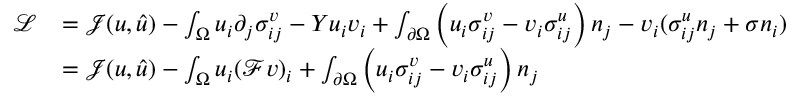
\begin{array} { r l } { \mathcal { L } } & { = \mathcal { J } ( u , \hat { u } ) - \int _ { \Omega } u _ { i } \partial _ { j } \sigma _ { i j } ^ { v } - Y u _ { i } v _ { i } + \int _ { \partial \Omega } \left( u _ { i } \sigma _ { i j } ^ { v } - v _ { i } \sigma _ { i j } ^ { u } \right) n _ { j } - v _ { i } ( \sigma _ { i j } ^ { u } n _ { j } + \sigma n _ { i } ) } \\ & { = \mathcal { J } ( u , \hat { u } ) - \int _ { \Omega } u _ { i } ( \mathcal { F } v ) _ { i } + \int _ { \partial \Omega } \left( u _ { i } \sigma _ { i j } ^ { v } - v _ { i } \sigma _ { i j } ^ { u } \right) n _ { j } } \end{array}